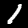
Label: 1